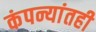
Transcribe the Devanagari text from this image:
कंपन्यांतही